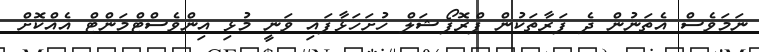
ނަމަވެސް އެތަނުން ދެ ފަރާތަކުން ޕްރޮޕޯޝަލް ހުށަހަޅާފައި ވަނީ މުޅި އިންވެސްޓްމަންޓް އެއްކޮށް